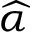
\widehat { \alpha }